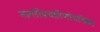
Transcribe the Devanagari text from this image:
नागरीप्रचारिणीपत्रिका